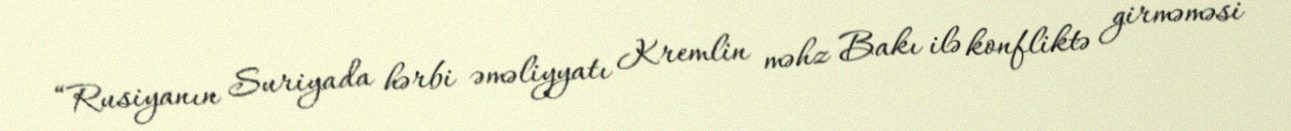
“Rusiyanın Suriyada hərbi əməliyyatı Kremlin məhz Bakı ilə konfliktə girməməsi